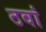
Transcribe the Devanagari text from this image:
ठवां